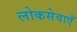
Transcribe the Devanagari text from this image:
लोकसेवाएँ